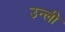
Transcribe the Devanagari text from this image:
उन्ली